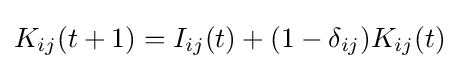
K_{ij}(t+1)=I_{ij}(t)+(1-\delta _{ij})K_{ij}(t)